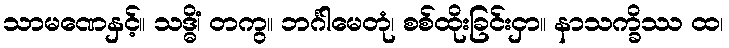
သာမဏေနှင့်။ သဒ္ဓိံ၊ တကွ။ ဘင်္ဂါမေတုံ၊ စစ်ထိုးခြင်းငှာ။ နာသက္ခိဿ ထ၊